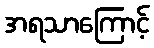
အရသာကြောင့်